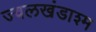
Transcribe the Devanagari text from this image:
ज्वलखंडाश्म